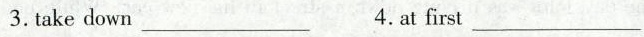
3. take down___ 4. at first___